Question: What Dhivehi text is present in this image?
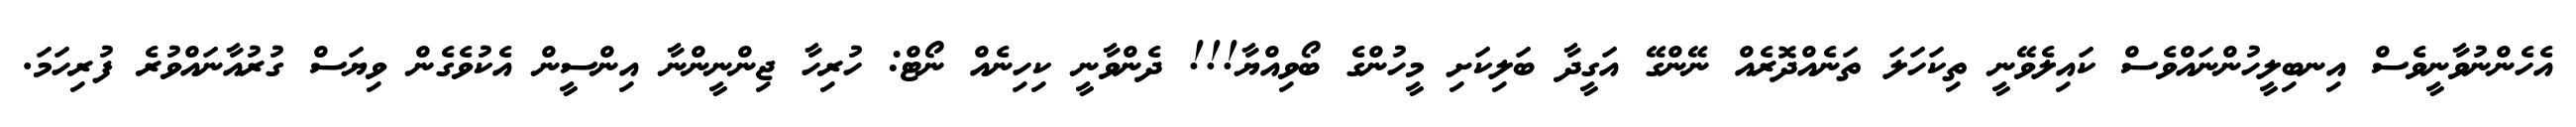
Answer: އެހެންނުވާނީވެސް އިނބިލީހުންނައްވެސް ކައިލެވޭނީ ތިކަހަލަ ތަނެއްދޮރެއް ނޭންގޭ އަގީދާ ބަލިކަށި މީހުންގެ ބޯވިއްޔާ!!! ދެންވާނީ ކިހިނެއް ނޯޓް: ހުރިހާ ޖިންނީންނާ އިންސީން އެކުވެގެން ވިޔަސް ގުރުއާނައްވުރެ ފުރިހަމަ.